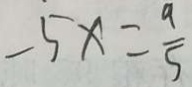
- 5 x = \frac { 9 } { 5 }